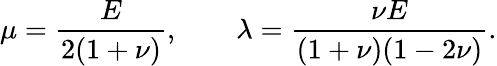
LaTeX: \mu=\frac E{2(1+\nu)},\qquad\lambda=\frac{\nu E}{(1+\nu)(1-2\nu)}.